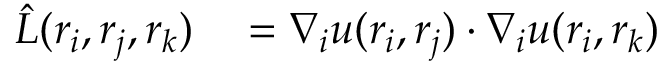
\begin{array} { r l } { \hat { L } ( \boldsymbol { r } _ { i } , \boldsymbol { r } _ { j } , \boldsymbol { r } _ { k } ) } & { { } = \boldsymbol { \nabla } _ { i } u ( \boldsymbol { r } _ { i } , \boldsymbol { r } _ { j } ) \cdot \boldsymbol { \nabla } _ { i } u ( \boldsymbol { r } _ { i } , \boldsymbol { r } _ { k } ) } \end{array}